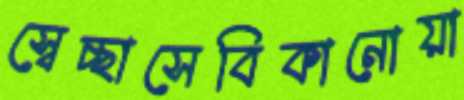
স্বেচ্ছাসেবিকানোয়া